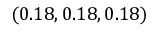
( 0 . 1 8 , 0 . 1 8 , 0 . 1 8 )